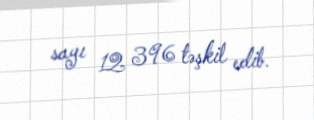
sayı 12 396 təşkil edib.